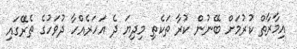
އިމާރާތް ކުރުމަށް ބޭނުން ކުރާ ތަކެތި މިދިޔަ ދެ އަހަރެއްހާ ދުވަހުގެ ތެރޭގައި